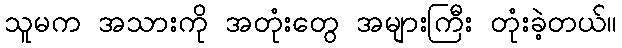
သူမက အသားကို အတုံးတွေ အများကြီး တုံးခဲ့တယ်။